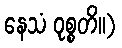
နေသံ ဝုစ္စတိ။)